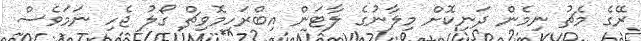
ރޭގެ މެޗު ނިމެން ދަނިކޮށް މިލާނުގެ ލާޓަން އިބްރަހިމޮވިޗް ގޯލު ޖެހި ނަމަވެސް